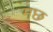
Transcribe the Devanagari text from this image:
मछ